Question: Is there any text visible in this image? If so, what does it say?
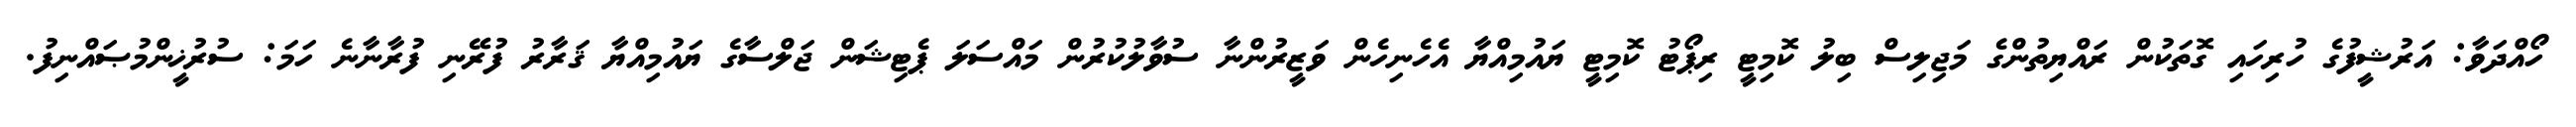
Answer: ހޯއްދަވާ: އަރުޝީފުގެ ހުރިހައި ގޮތަކުން ރައްޔިތުންގެ މަޖިލިސް ބިލު ކޮމިޓީ ރިޕޯޓު ކޮމިޓީ ޔައުމިއްޔާ އެހެނިހެން ވަޒީރުންނާ ސުވާލުކުރުން މައްސަލަ ޕެޓިޝަން ޖަލްސާގެ ޔައުމިއްޔާ ޤަރާރު ފުރޭނި ފުރާނާނެ ހަމަ: ސުރުޚީންމުޞައްނިފު.